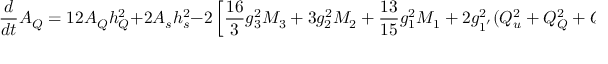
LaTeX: \frac { d } { d t } A _ { Q } = 1 2 A _ { Q } h _ { Q } ^ { 2 } + 2 A _ { s } h _ { s } ^ { 2 } - 2 \left[ \frac { 1 6 } { 3 } g _ { 3 } ^ { 2 } M _ { 3 } + 3 g _ { 2 } ^ { 2 } M _ { 2 } + \frac { 1 3 } { 1 5 } g _ { 1 } ^ { 2 } M _ { 1 } + 2 g _ { 1 ^ { ' } } ^ { 2 } ( Q _ { u } ^ { 2 } + Q _ { Q } ^ { 2 } + Q _ { 2 } ^ { 2 } ) M _ { 1 ^ { ' } } \right] ;